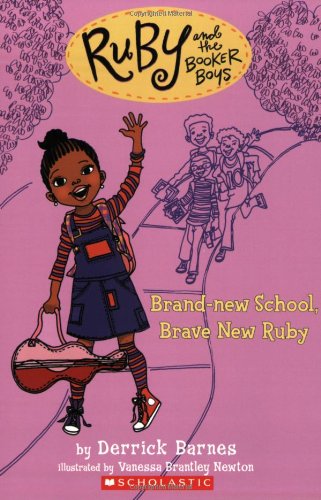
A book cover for Ruby and the Booker Boys #1: Brand New School, Brave New Ruby; Derrick Barnes; Children's Books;